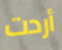
أردت